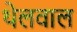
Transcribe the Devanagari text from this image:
थेलवाल